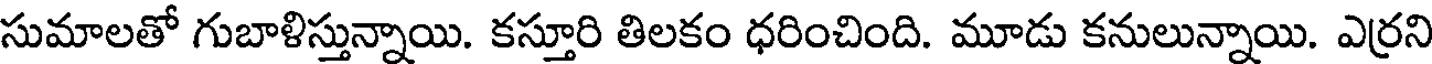
సుమాలతో గుబాళిస్తున్నాయి. కస్తూరి తిలకం ధరించింది. మూడు కనులున్నాయి. ఎర్రని